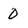
Character: 0